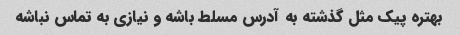
بهتره پیک مثل گذشته به آدرس مسلط باشه و نیازی به تماس نباشه